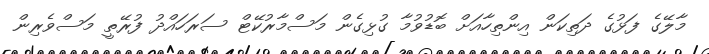
މާލޭގެ ފަޅުގެ ދަތިކަން އިންތިހާއަށް ބޮޑުވުމާ ގުޅިގެން މަސްމާރުކޭޓް ސަރަހައްދު ފުރޭތީ މަސްވެރިން